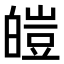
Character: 皚